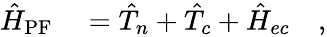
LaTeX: \begin{array}{rl}{\hat{H}_{\mathrm{PF}}}&{{}=\hat{T}_{n}+\hat{T}_{c}+\hat{H}_{ec}\quad,}\end{array}